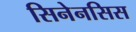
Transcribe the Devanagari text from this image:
सिनेनसिस